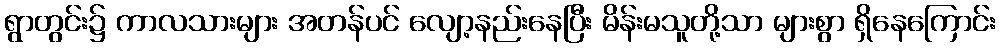
ရွာတွင်း၌ ကာလသားများ အတန်ပင် လျော့နည်းနေပြီး မိန်းမသူတို့သာ များစွာ ရှိနေကြောင်း